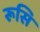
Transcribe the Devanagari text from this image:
रूसि